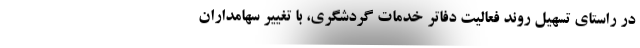
در راستای تسهیل روند فعالیت دفاتر خدمات گردشگری، با تغییر سهامداران